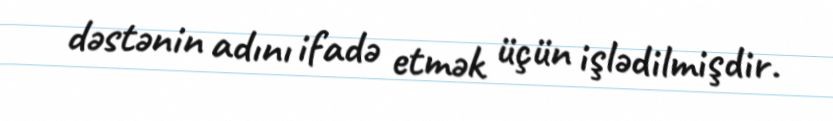
dəstənin adını ifadə etmək üçün işlədilmişdir.